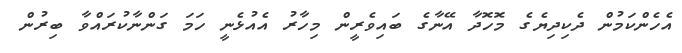
އެހެންކަމުން ދެކިދިޔެގެ މޮހޮދާ އޭނާގެ ބައިވެރީން މިހާރު އެއުޅެނީ ހަމަ ގަންނާކުރައްވާ ބިރުން